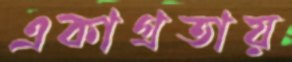
একাগ্রতায়